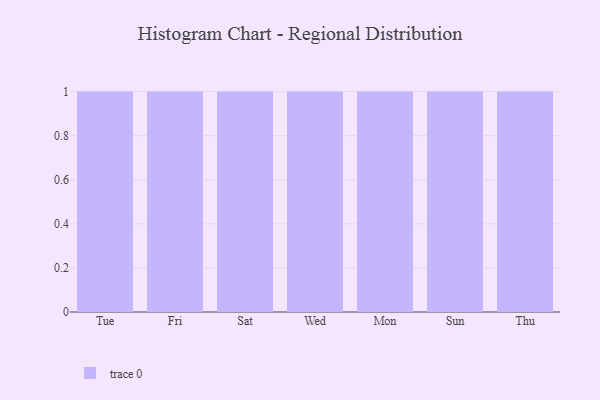
{"axis": {"x": "Day", "y": "Shipments"}, "legend": [""], "data": [{"x": "Tue", "y": 48, "type": ""}, {"x": "Fri", "y": 97, "type": ""}, {"x": "Sat", "y": 94, "type": ""}, {"x": "Wed", "y": 13, "type": ""}, {"x": "Mon", "y": 70, "type": ""}, {"x": "Sun", "y": 80, "type": ""}, {"x": "Thu", "y": 16, "type": ""}]}